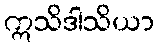
ဣသိဒါသိယာ